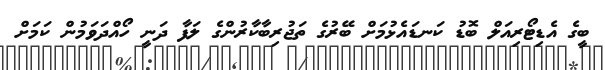
ބީގެ އެޑިޓޯރިއަލް ބޮޑު ކަނޑައެޅުމަށް ބޭރުގެ ތަޖުރިބާކާރުންގެ ލަފާ ދަނީ ހޯއްދަވަމުން ކަމަށް